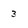
Character: 3